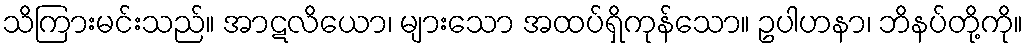
သိကြားမင်းသည်။ အာဋလိယော၊ များသော အထပ်ရှိကုန်သော။ ဥပါဟနာ၊ ဘိနပ်တို့ကို။